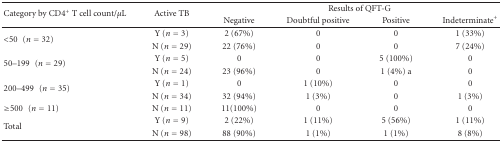
| <ROWSPAN=2> Category by CD4+ T cell count/μL | <ROWSPAN=2> Active TB | <COLSPAN=4> Results of QFT-G |
 | Negative | Doubtful positive | Positive | Indeterminate+ |
 | --- | --- | --- | --- | --- | --- |
 | <ROWSPAN=2> <50 (n = 32) | Y (n = 3) | 2 (67%) | 0 | 0 | 1 (33%) |
 | N (n = 29) | 22 (76%) | 0 | 0 | 7 (24%) |
 | <ROWSPAN=2> 50–199 (n = 29) | Y (n = 5) | 0 | 0 | 5 (100%) | 0 |
 | N (n = 24) | 23 (96%) | 0 | 1 (4%) a | 0 |
 | <ROWSPAN=2> 200–499 (n = 35) | Y (n = 1) | 0 | 1 (10%) | 0 | 0 |
 | N (n = 34) | 32 (94%) | 1 (3%) | 0 | 1 (3%) |
 | ≥500 (n = 11) | N (n = 11) | 11(100%) | 0 | 0 | 0 |
 | <ROWSPAN=2> Total | Y (n = 9) | 2 (22%) | 1 (11%) | 5 (56%) | 1 (11%) |
 | N (n = 98) | 88 (90%) | 1 (1%) | 1 (1%) | 8 (8%) |